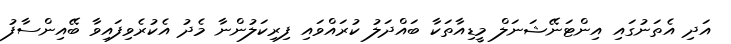
އަދި އެތަނުގައި އިންޓަނޭޝަނަލް މީޑިއާތަކާ ބައްދަލު ކުރައްވައި ފިރިކަލުންނާ މެދު އެކުރެވިފައިވާ ބޭއިންސާފު